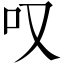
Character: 叹